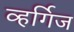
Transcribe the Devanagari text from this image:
व्हर्गिज